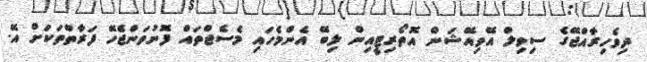
ދިވެހިރާއްޖޭގެ ސިވިލް އޭވިއޭޝަން އޮތޯރިޓީއިން ލިބޭ އެންމެހައި މެސެޖްތައް ފޮނުވަންޖެހޭ ފަރާތްތަކަށް އޭ.